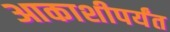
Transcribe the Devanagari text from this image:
आकाशीपर्यंत